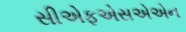
સીએફએસએએન